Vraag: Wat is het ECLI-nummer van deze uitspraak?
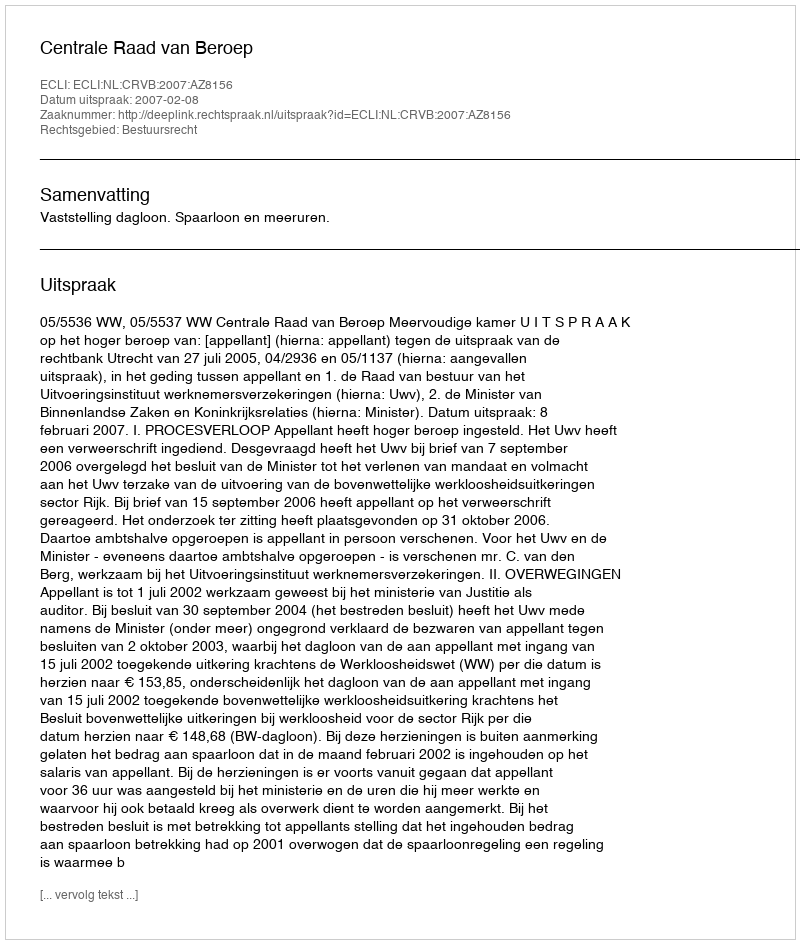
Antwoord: ECLI:NL:CRVB:2007:AZ8156